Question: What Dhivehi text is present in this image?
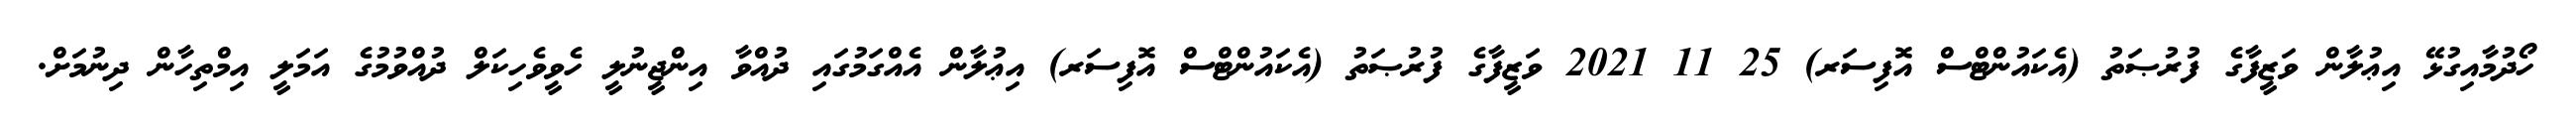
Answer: ހޯދުމާއިގުޅޭ އިޢުލާން ވަޒީފާގެ ފުރުޞަތު (އެކައުންޓްސް އޮފިސަރ) 25 11 2021 ވަޒީފާގެ ފުރުޞަތު (އެކައުންޓްސް އޮފިސަރ) އިޢުލާން އެއްގަމުގައި ދުއްވާ އިންޖީނުލީ ހެވީވެހިކަލް ދުއްވުމުގެ އަމަލީ އިމްތިހާން ދިނުމަށް.